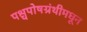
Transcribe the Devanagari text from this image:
पश्चपोषग्रंथीमधून